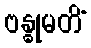
ဗန္ဓုမတိံ